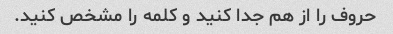
حروف را از هم جدا کنید و کلمه را مشخص کنید.